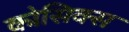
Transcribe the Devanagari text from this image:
कोसिक्स